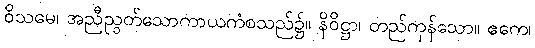
ဝိသမေ၊ အညီညွတ်သောကာယကံစသည်၌။ နိဝိဋ္ဌာ၊ တည်ကုန်သော။ ဧကေ၊